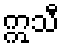
ဣသီ